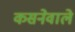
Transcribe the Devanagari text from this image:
कसनेवाले